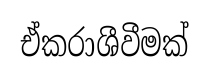
ඒකරාශීවීමක්